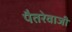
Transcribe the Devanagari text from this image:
पैतरेवाजी